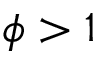
\phi > 1